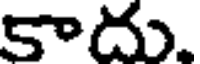
కాదు.